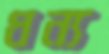
ধন্য